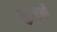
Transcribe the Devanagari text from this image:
गुइजेर्मो